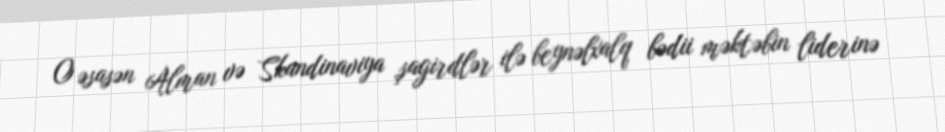
O əsasən Alman və Skandinaviya şagirdlər ilə beynəlxalq bədii məktəbin liderinə